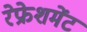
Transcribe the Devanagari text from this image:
रेफ्रेशमेंट